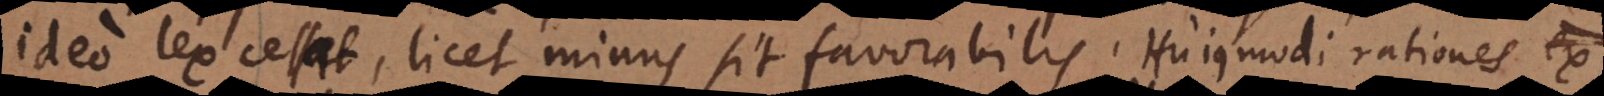
ideo lex cessat, licet minus sit favorabilis. Hujusmodi rationes